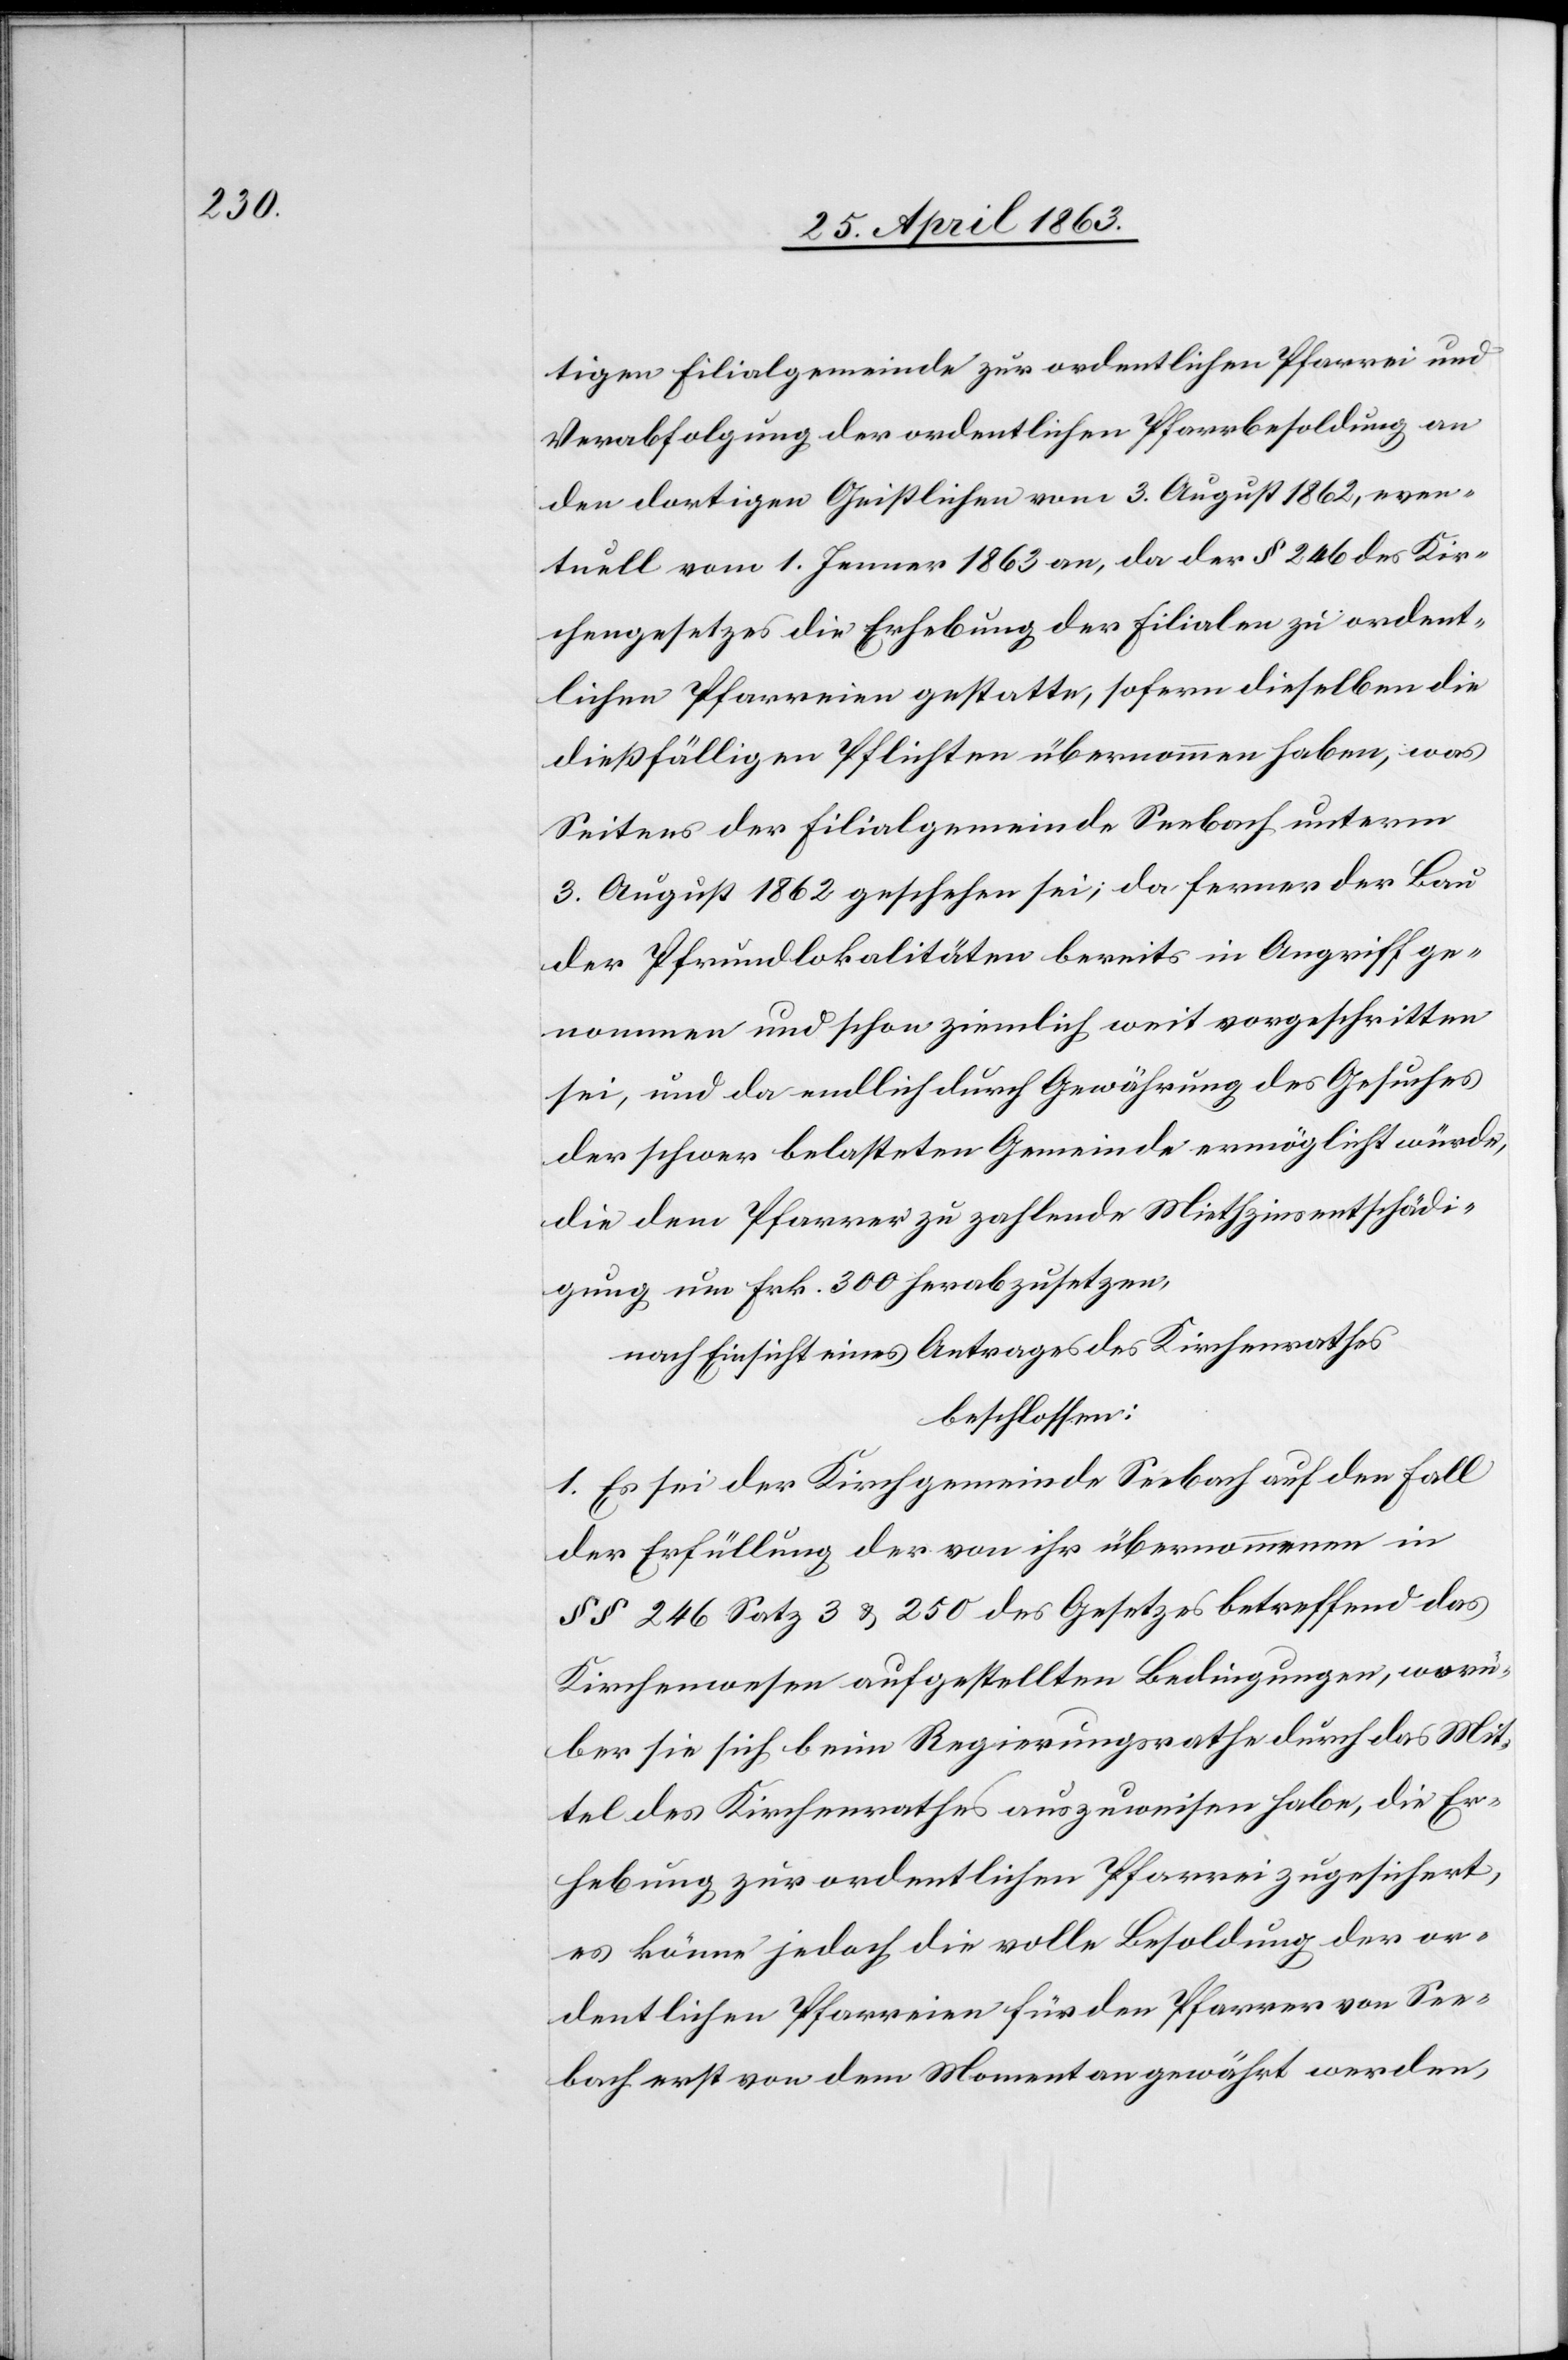
tigen Filialgemeinde zur ordentlichen Pfarrei und
Verabfolgung der ordentlichen Pfarrbesoldung an
den dortigen Geistlichen vom 3. August 1862, even¬
tuell vom 1. Jenner 1863 an, da der § 246 des Kir¬
chengesetzes die Erhebung der Filialen zu ordent¬
lichen Pfarreien gestatte, sofern dieselben die
dießfälligen Pflichten übernommen haben, was
Seitens der Filialgemeinde Seebach unterm
3. August 1862 geschehen sei; da ferner der Bau
der Pfrundlokalitäten bereits in Angriff ge¬
nommen und schon ziemlich weit vorgeschritten
sei, und da endlich durch Gewährung des Gesuches
der schwer belasteten Gemeinde ermöglicht würde,
die dem Pfarrer zu zahlende Miethzinsentschädi¬
gung um Frk. 300 herabzusetzen,
nach Einsicht eines Antrages des Kirchenrathes
beschlossen:
1. Es sei der Kirchgemeinde Seebach auf den Fall
der Erfüllung der von ihr übernommenen in
§§ 246 Satz 3 & 250 des Gesetzes betreffend das
Kirchenwesen aufgestellten Bedingungen, worü¬
ber sie sich beim Regierungsrathe durch das Mit¬
tel des Kirchenrathes auszuweisen habe, die Er¬
hebung zur ordentlichen Pfarrei zugesichert,
es könne jedoch die volle Besoldung der or¬
dentlichen Pfarreien für den Pfarrer von See¬
bach erst von dem Moment an gewährt werden,